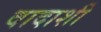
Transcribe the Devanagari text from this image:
वादाशी